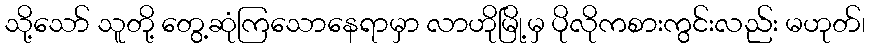
သို့သော် သူတို့ တွေ့ဆုံကြသောနေရာမှာ လာဟိုမြို့မှ ပိုလိုကစားကွင်းလည်း မဟုတ်၊